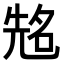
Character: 𠸜